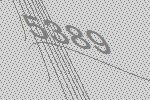
5389